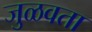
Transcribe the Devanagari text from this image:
जुळवता